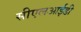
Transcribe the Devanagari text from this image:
सीएलआईडी